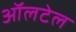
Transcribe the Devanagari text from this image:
ऑलटेल